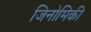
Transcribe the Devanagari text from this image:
जिनोमिकी